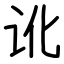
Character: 讹